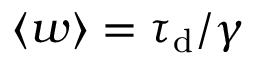
\ensuremath { \langle w \rangle } = \ensuremath { \tau _ { \mathrm { d } } } / \gamma